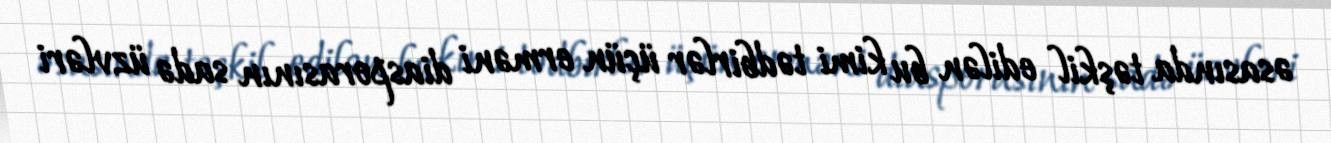
əsasında təşkil edilən bu kimi tədbirlər üçün erməni diasporasının sadə üzvləri